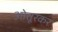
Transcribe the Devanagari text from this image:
ओतूरकर